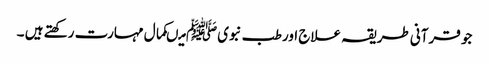
جو قرآنی طریقہ علاج اور طب نبویﷺ میںکمال مہارت رکھتے ہیں ۔